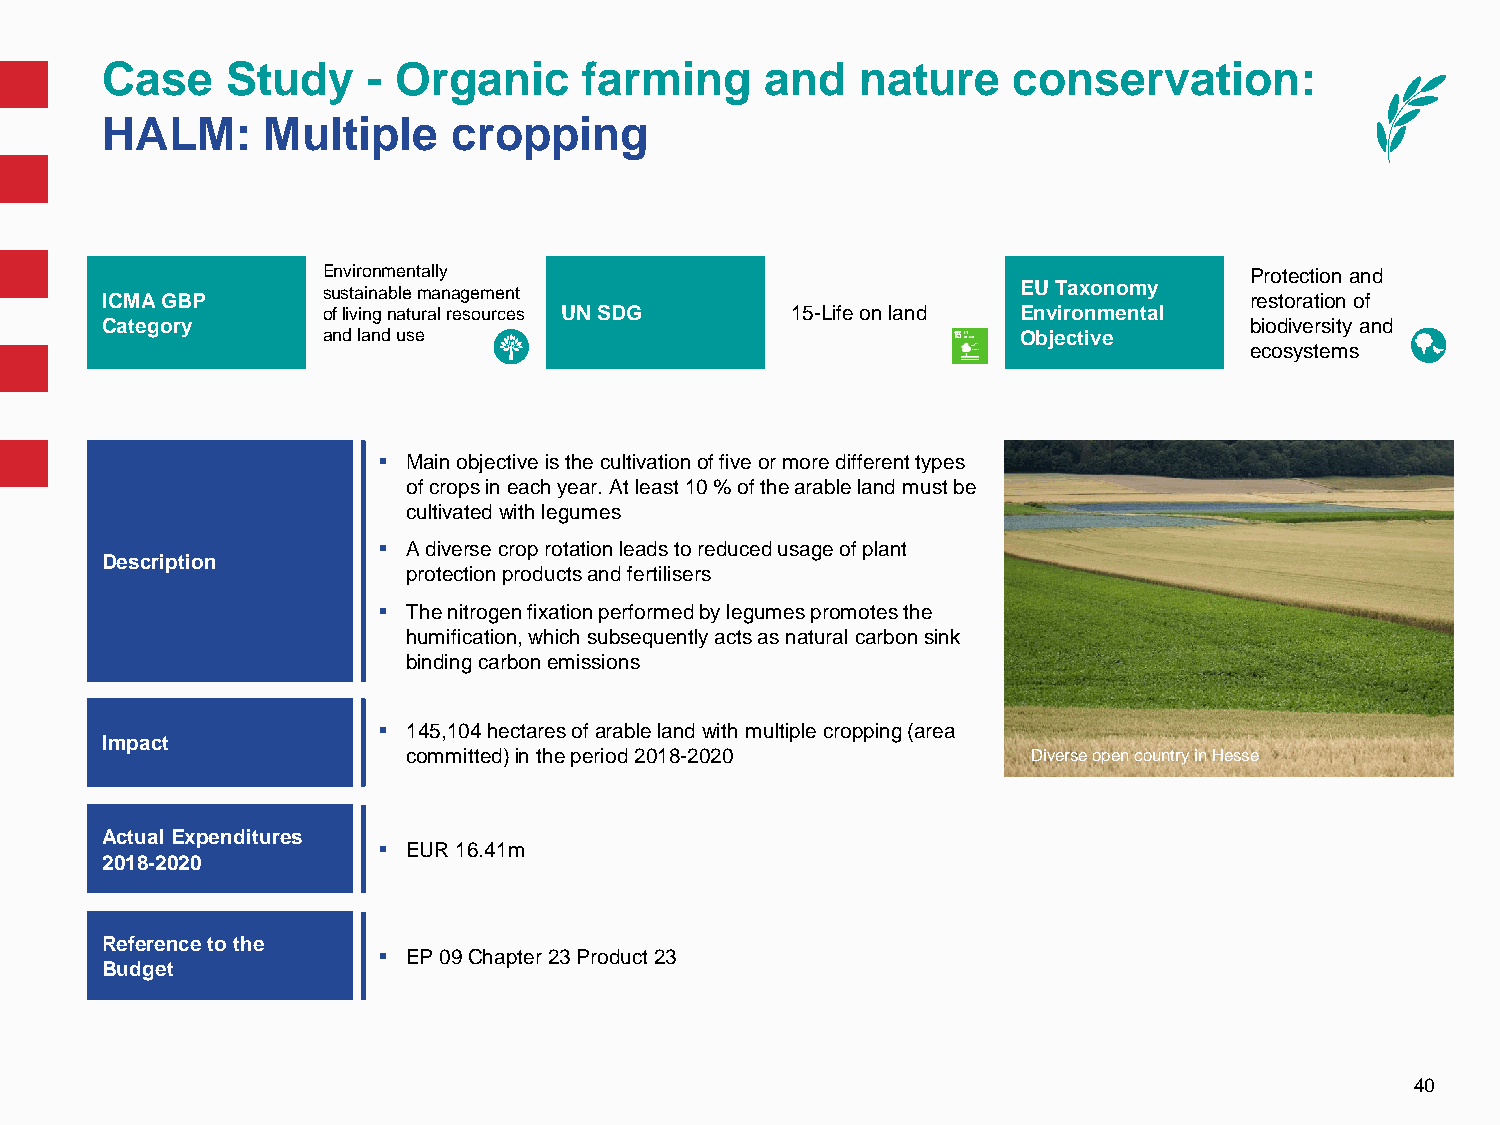
Case    Study    - Organic      farming     and   nature    conservation:
 HALM:     Multiple     cropping
 Environmentally                                               Protection and
 sustainable management                         EU Taxonomy
 ICMA GBP                                                                    restoration of
 of living natural resources UN SDG 15-Life on land Environmental
 Category                                                                    biodiversity and
 and land use                                   Objective
 ecosystems
  Main objective is the cultivation of five or more different types
 of crops in each year. At least 10 % of the arable land must be
 cultivated with legumes
  A diverse crop rotation leads to reduced usage of plant
 Description
 protection products and fertilisers
  The nitrogen fixation performed by legumes promotes the
 humification, which subsequently acts as natural carbon sink
 binding carbon emissions
  145,104 hectares of arable land with multiple cropping (area
 Impact
 committed) in the period 2018-2020       Diverse open country in Hesse
 Actual Expenditures
  EUR 16.41m
 2018-2020
 Reference to the
  EP 09 Chapter 23 Product23
 Budget
 40